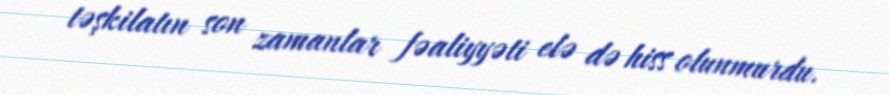
təşkilatın son zamanlar fəaliyyəti elə də hiss olunmurdu.